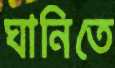
ঘানিতে